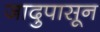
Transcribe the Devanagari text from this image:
जादुपासून